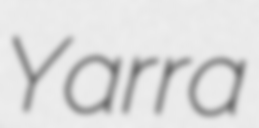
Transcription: Yarra